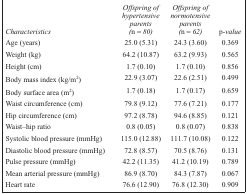
| Characteristics | Offspring of hypertensive parents (n = 80) | Offspring of normotensive parents (n = 62) | p-value |
 | --- | --- | --- | --- |
 | Age (years) | 25.0 (5.31) | 24.3 (3.60) | 0.369 |
 | Weight (kg) | 64.2 (10.87) | 63.2 (9.93) | 0.565 |
 | Height (cm) | 1.7 (0.10) | 1.7 (0.10) | 0.856 |
 | Body mass index (kg/m2) | 22.9 (3.07) | 22.6 (2.51) | 0.499 |
 | Body surface area (m2) | 1.7 (0.18) | 1.7 (0.17) | 0.659 |
 | Waist circumference (cm) | 79.8 (9.12) | 77.6 (7.21) | 0.177 |
 | Hip circumference (cm) | 97.2 (8.78) | 94.6 (8.85) | 0.121 |
 | Waist–hip ratio | 0.8 (0.05) | 0.8 (0.07) | 0.838 |
 | Systolic blood pressure (mmHg) | 115.0 (12.88) | 111.7 (10.08) | 0.122 |
 | Diastolic blood pressure (mmHg) | 72.8 (8.57) | 70.5 (8.76) | 0.131 |
 | Pulse pressure (mmHg) | 42.2 (11.35) | 41.2 (10.19) | 0.789 |
 | Mean arterial pressure (mmHg) | 86.9 (8.70) | 84.3 (7.87) | 0.067 |
 | Heart rate | 76.6 (12.90) | 76.8 (12.30) | 0.909 |